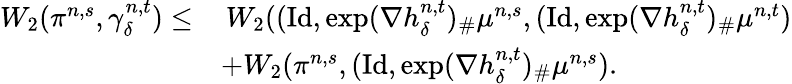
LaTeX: \begin{array}{rl}{W_{2}(\pi^{n,s},\gamma_{\delta}^{n,t})\leq}&{\, W_{2}((\mathrm{Id},\exp(\nabla h_{\delta}^{n,t})_{\# }\mu^{n,s},(\mathrm{Id},\exp(\nabla h_{\delta}^{n,t})_{\# }\mu^{n,t})}\\ &{+W_{2}(\pi^{n,s},(\mathrm{Id},\exp(\nabla h_{\delta}^{n,t})_{\# }\mu^{n,s}).}\end{array}